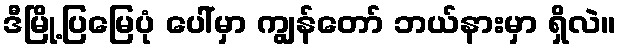
ဒီမြို့ပြမြေပုံ ပေါ်မှာ ကျွန်တော် ဘယ်နားမှာ ရှိလဲ။